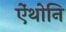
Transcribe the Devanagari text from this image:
ऐंथोनि